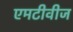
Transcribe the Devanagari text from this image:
एमटीवीज